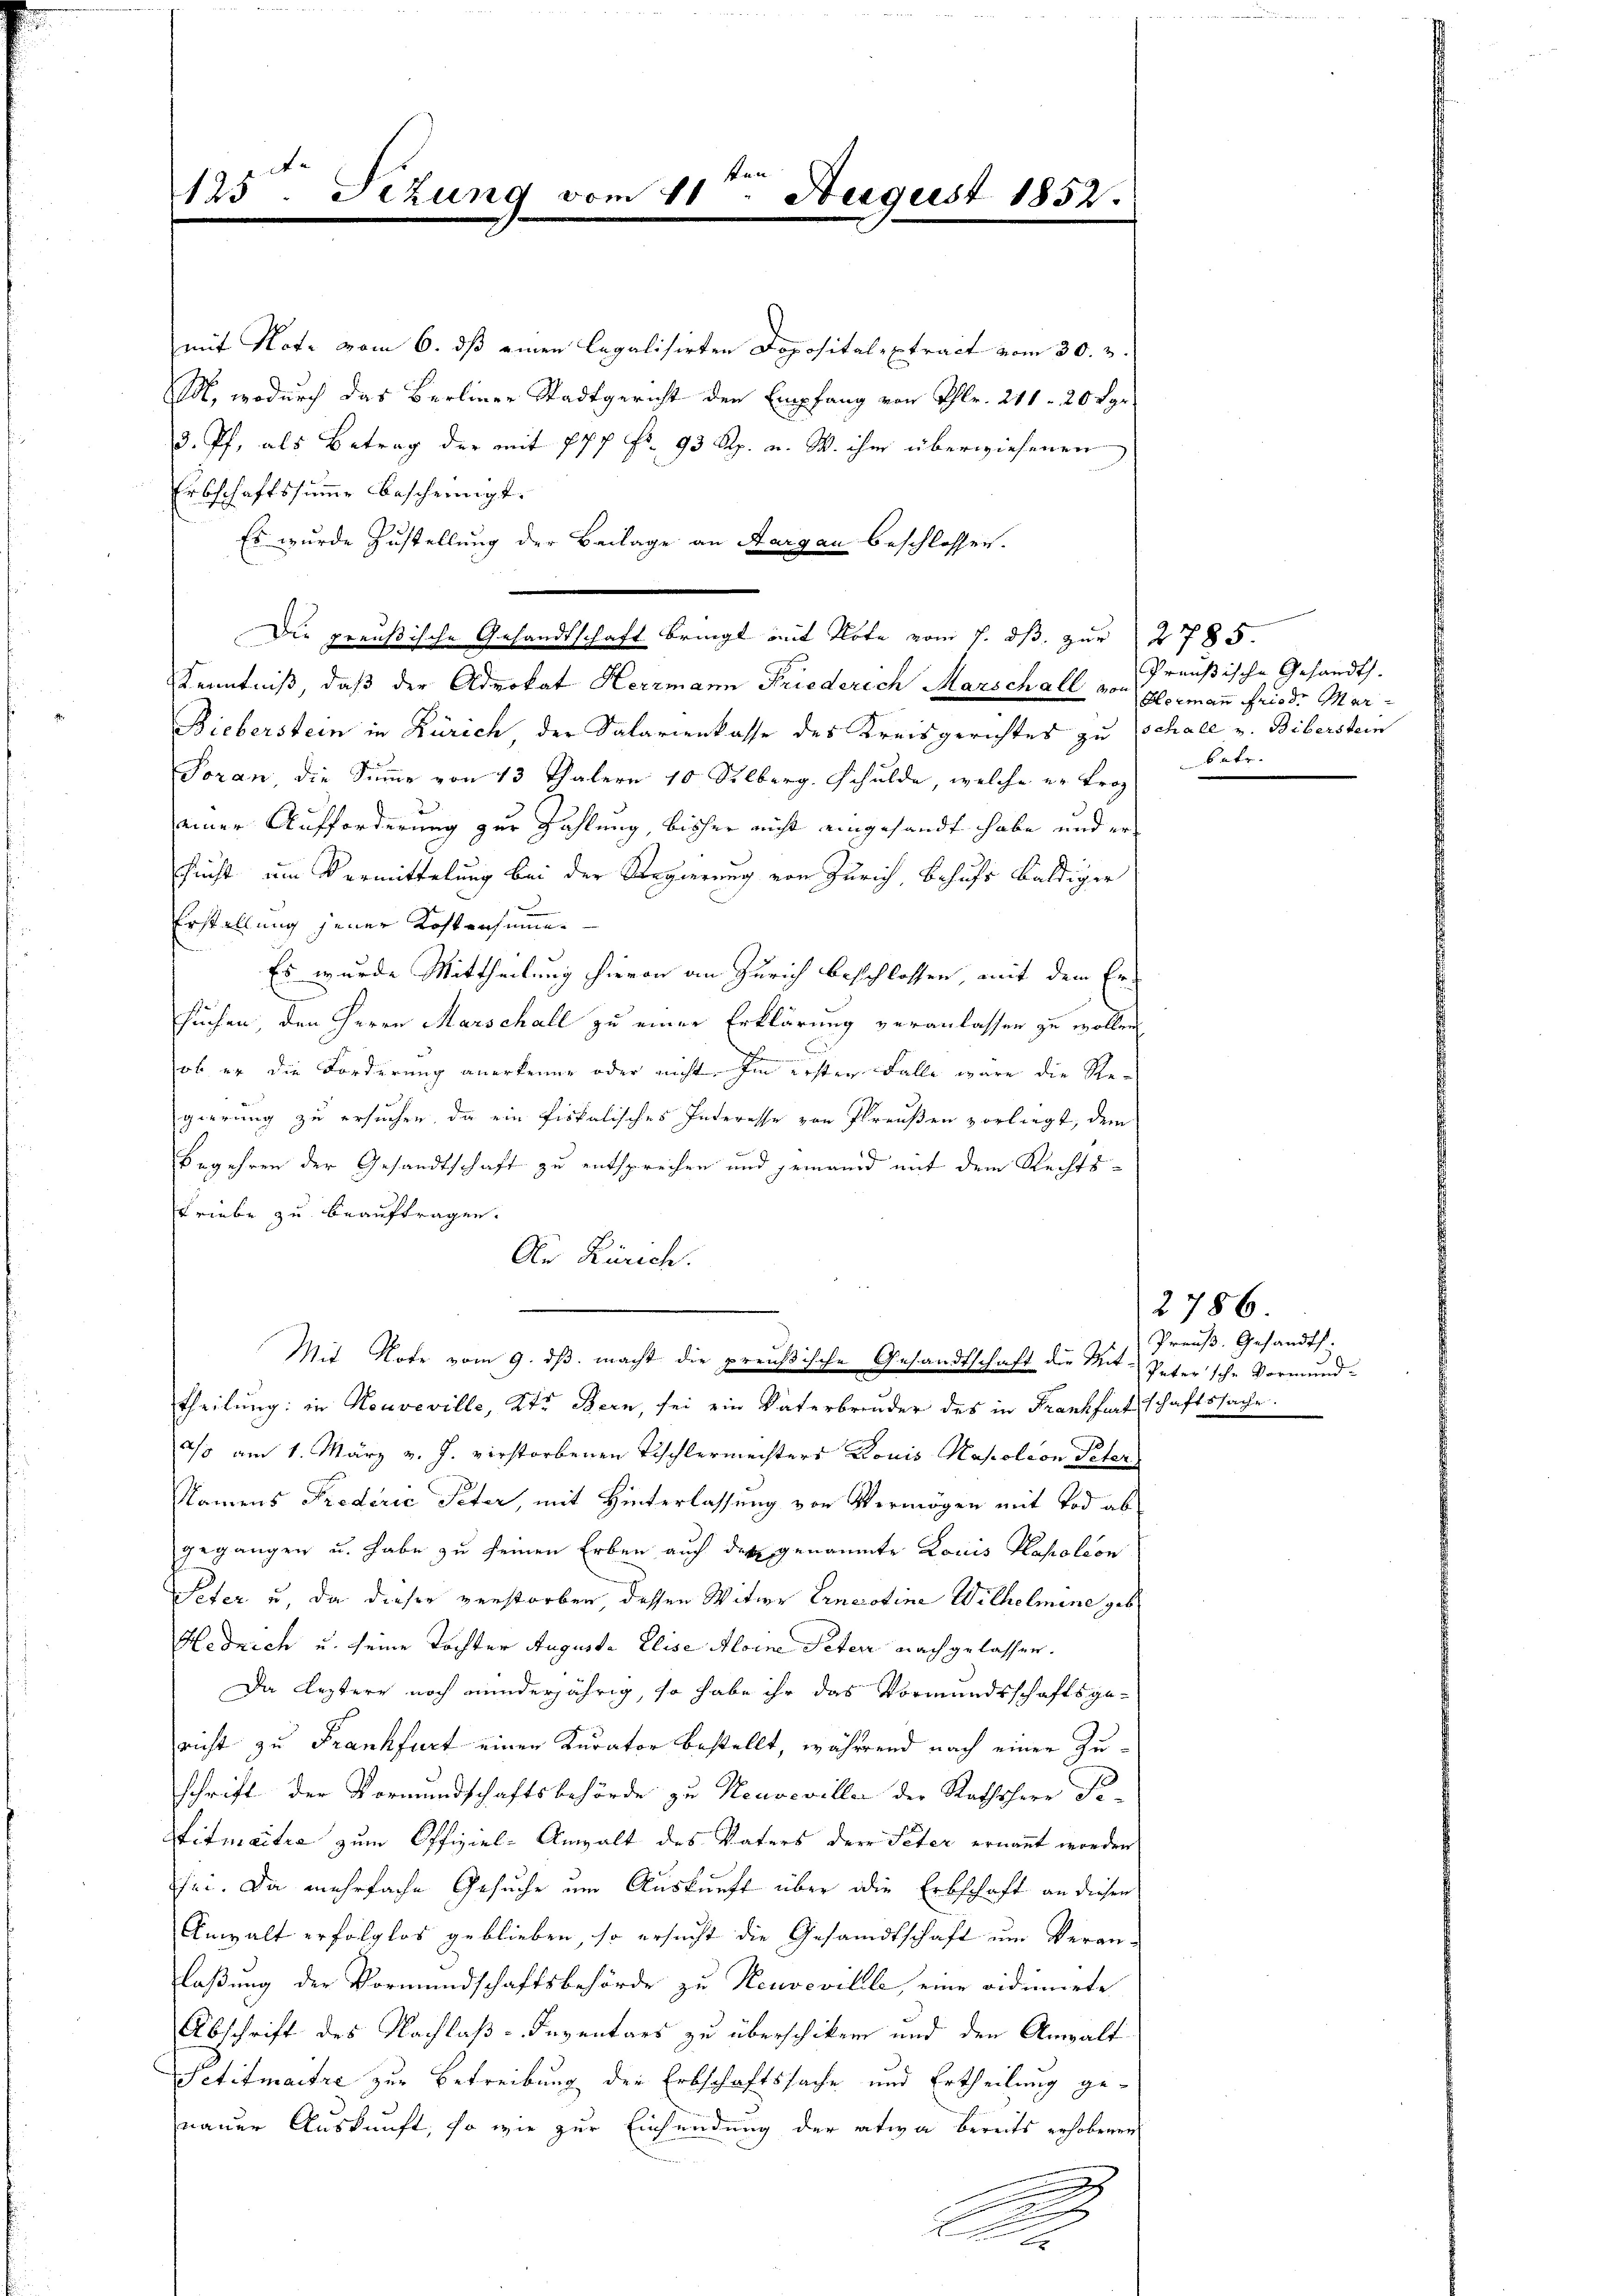
A
125. Jezung v

mit Note vom 6. dβ einen legalisirten Doposital-Extract vom 30. 3.
M, wodurch das Berliner Stadtgericht den Empfang von Thlr. 241 - 20 Sgr
3. Pf. als Betrag der mit 777 fr. 93 Rp. v. W. ihr überwiesenen
Erbschaftssumme bescheinigt.
Es wurde Zustellung der Beilage an Aargau beschlossen.
Kenntniß, daß der Advokat Herrmann Friederich Marschall von Hermann friede Mar¬
Bieberstein in Zürich der Salarienkasse des Kreisgerichtes zu Schall u. Biberstein
Foran, die Summe von 13 Thalern 10 Silberg. Schulde, welche er froh
einer Aufforderung zur Zahlung, bisher nicht eingesandt habe und er
schicht um Vermittelung bei der Regierung von Zürich, Behufs baldiger
Erstellung jener Kostensummen
Es wurde Mittheilung hievon an Zürich beschlossen, mit dem Er-
suchen, den Herrn Marschall zu einer Erklärung veranlassen zu wollen,
ob er die Forderung anerkenne oder nicht im ersten Falle wäre die Regierung zu ersuchen, da ein fiskalisches Interesse von Preußen vorliegt, dem
Begehren der Gesandtschaft zu entsprechen und jemand mit dem Rechts¬
Triebe zu beauftragen.
Ar Zürich.
Mit Note vom 9. dβ. macht die preußische Gesandtschaft die Mit- Petersche Vormund-
theilung: in Neuveville, Kt. Bern, sei ein Vaterbruder des in Frankfirtschaftssache.
2/s am 1. März v. J. verstorbenen Tischlermeisters Louis Napoleon Peter
Namens Frederić Peter, mit Hinterlassung von Vermögen mit Tod abgegangen u. habe zu seinen Erben auch der genannte Louis Plapoleon
Peter u. da dieser verstorben dessen Witwe Ernerotine Wilhelmine geb.
Hedrich u. seine Tochter Augusta Elise Aloine Peter nachgelassen.
Da Leztere noch minderjährig, so habe ihr das Vormundsschaftsgericht zu Frankfurt einen Kurator bestellt, während nach einer Zuschrift der Vormundschaftsbehörde zu Neuveville der Rathsherr Se-
Sitmaitra zum Offiziel- Anwalt des Vaters der Peter ernannt worden
sei. Da mehrfache Gesuche um Auskunft über die Erbschaft an diesen
Anwalt erfolglos geblieben, so ersucht die Gesandtschaft um Veranlaßung der Vormundschaftsbehörde zu Neuveville, eine vidimirte
Abschrift des Nachlaß-Inventars zu überschiken und den Anwalt
Petitmaitre zur Betreibung der Erbschaftssache und Ertheilung genauer Auskunft, so wie zur Einsendung der ativa bereits erhobenen
d
A

ken
111. August 1852.

Die preußische Gesandtschaft bringt mit Note vom 7. ds. zur 2785.

Preußische Gesandth.
Batr.

2786.
Preuß. Gesandts